Indian journal of veterinary science and animal husbandry - Volume 5,
Year: 1935
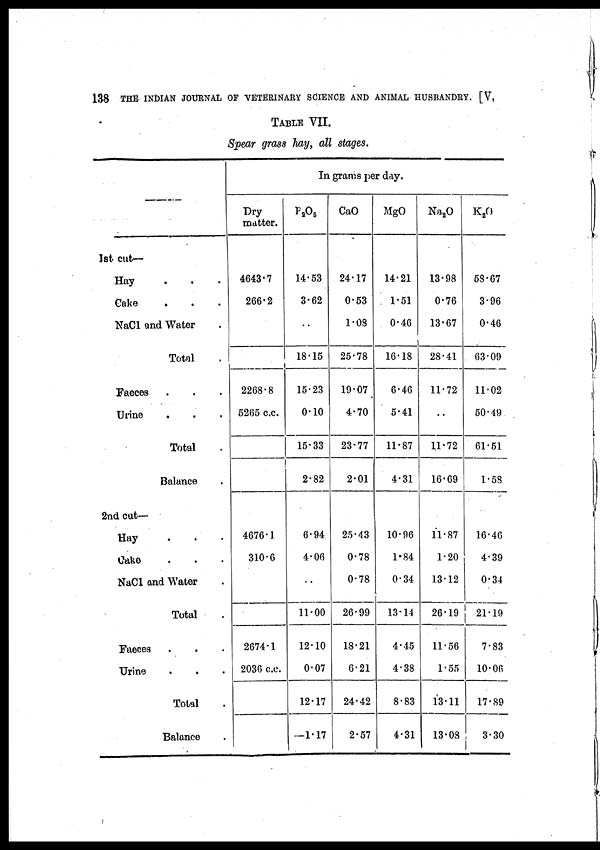
138
THE INDIAN JOURNAL OF VETERINARY SCIENCE AND ANIMAL HUSBANDRY. [V,
TABLE VII.
Spear grass hay, all stages.
——
1st cut—
Hay . . .
Cake . . .
NaCl and Water .
Total .
Faeces . . .
Urine . . .
Total .
Balance .
2nd cut—
Hay . . .
Cake . . .
NaCl and Water .
Total .
Faeces . . .
Urine . . .
Total .
Balance .
In grams per day.
Dry
matter.
4643.7
266.2
2268.8
5265 c.c.
4676.1
310.6
2674.1
2036 c.c.
P 2 O 5
14.53
3.62
..
18.15
15.23
0.10
15.33
2.82
6.94
4.06
..
11.00
12.10
0.07
12.17
—1.17
CaO
24.17
0.53
1.08
25.78
19.07
4.70
23.77
2.01
25.43
0.78
0.78
26.99
18.21
6.21
24.42
2.57
MgO
14.21
1.51
0.46
16.18
6.46
5.41
11.87
4.31
10.96
1.84
0.34
13.14
4.45
4.38
8.83
4.31
Na 2 O
13.98
0.76
13.67
28.41
11.72
..
11.72
16.69
11.87
1.20
13.12
26.19
11.56
1.55
13.11
13.08
K 2 O
58.67
3.96
0.46
63.09
11.02
50.49
61.51
1.58
16.46
4.39
0.34
21.19
7.83
10.06
17.89
3.30